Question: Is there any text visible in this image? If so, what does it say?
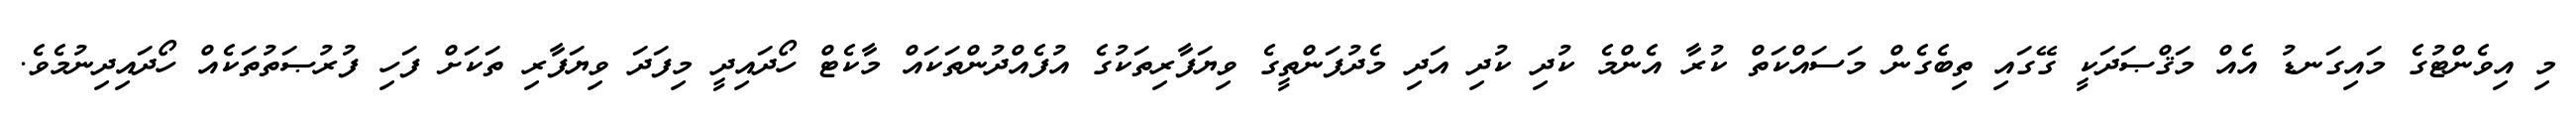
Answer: މި އިވެންޓުގެ މައިގަނޑު އެއް މަޤްޞަދަކީ ގޭގައި ތިބެގެން މަސައްކަތް ކުރާ އެންމެ ކުދި ކުދި އަދި މެދުފަންތީގެ ވިޔަފާރިތަކުގެ އުފެއްދުންތަކައް މާކެޓް ހޯދައިދީ މިފަދަ ވިޔަފާރި ތަކަށް ފަހި ފުރުޞަތުތަކެއް ހޯދައިދިނުމެވެ.